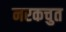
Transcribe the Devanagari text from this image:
नरकचुत